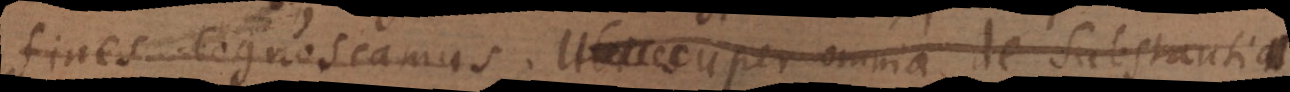
fines cognoscamus. super omnia de Substantia